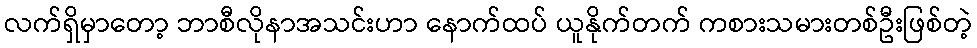
လက်ရှိမှာတော့ ဘာစီလိုနာအသင်းဟာ နောက်ထပ် ယူနိုက်တက် ကစားသမားတစ်ဦးဖြစ်တဲ့